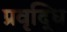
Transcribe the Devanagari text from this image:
प्रवृद्धि